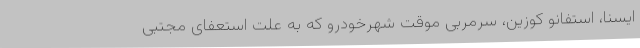
ایسنا، استفانو کوزین، سرمربی موقت شهرخودرو که به علت استعفای مجتبی